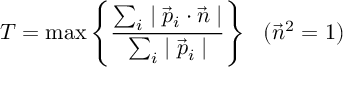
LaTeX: T = \mathrm { m a x } \left\{ \frac { \sum _ { i } \mid \vec { p } _ { i } \cdot \vec { n } \mid } { \sum _ { i } \mid \vec { p } _ { i } \mid } \right\} ~ ~ ( \vec { n } ^ { 2 } = 1 )